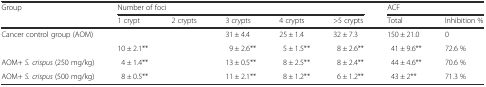
<table><thead><tr><td rowspan="2"><b>Group</b></td><td colspan="5"><b>Number of foci</b></td><td colspan="2"><b>ACF</b></td></tr><tr><td><b>1 crypt</b></td><td><b>2 crypts</b></td><td><b>3 crypts</b></td><td><b>4 crypts</b></td><td><b>&gt;5 crypts</b></td><td><b>Total</b></td><td><b>Inhibition %</b></td></tr></thead><tbody><tr><td>Cancer control group (AOM)</td><td>[EMPTY_CELL]</td><td>[EMPTY_CELL]</td><td>31 ± 4.4</td><td>25 ± 1.4</td><td>32 ± 7.3</td><td>150 ± 21.0</td><td>0</td></tr><tr><td>[EMPTY_CELL]</td><td>10 ± 2.1**</td><td>[EMPTY_CELL]</td><td>9 ± 2.6**</td><td>5 ± 1.5**</td><td>8 ± 2.6**</td><td>41 ± 9.6**</td><td>72.6 %</td></tr><tr><td>AOM+ <i>S. crispus</i> (250 mg/kg)</td><td>4 ± 1.4**</td><td>[EMPTY_CELL]</td><td>13 ± 0.5**</td><td>8 ± 2.5**</td><td>8 ± 2.4**</td><td>44 ± 4.6**</td><td>70.6 %</td></tr><tr><td>AOM+ <i>S. crispus</i> (500 mg/kg)</td><td>8 ± 0.5**</td><td>[EMPTY_CELL]</td><td>11 ± 2.1**</td><td>8 ± 1.2**</td><td>6 ± 1.2**</td><td>43 ± 2**</td><td>71.3 %</td></tr></tbody></table>